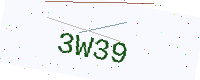
Text: 3W39